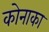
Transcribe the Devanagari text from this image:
कोनाका